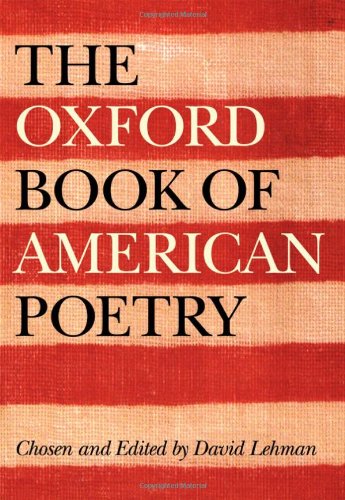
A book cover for The Oxford Book of American Poetry; David Lehman; Literature & Fiction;